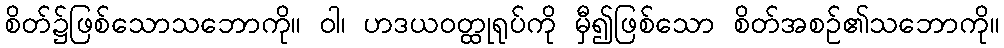
စိတ်၌ဖြစ်သောသဘောကို။ ဝါ၊ ဟဒယဝတ္ထုရုပ်ကို မှီ၍ဖြစ်သော စိတ်အစဉ်၏သဘောကို။